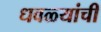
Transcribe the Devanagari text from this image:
धवळ्यांची